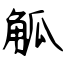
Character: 觚